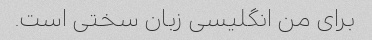
برای من انگلیسی زبان سختی است.